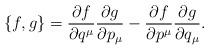
LaTeX: \begin{align*}\{f,g\}=\frac{\partial f}{\partial q^{\mu}}\frac{\partial g}{\partial p_{\mu}}-\frac{\partial f}{\partial p^{\mu}}\frac{\partial g}{\partial q_{\mu}}.\end{align*}